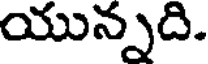
యున్నది.